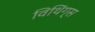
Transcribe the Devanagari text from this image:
विथिंग्स